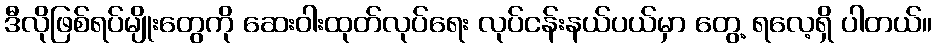
ဒီလိုဖြစ်ရပ်မျိုးတွေကို ဆေးဝါးထုတ်လုပ်ရေး လုပ်ငန်းနယ်ပယ်မှာ တွေ့ ရလေ့ရှိ ပါတယ်။